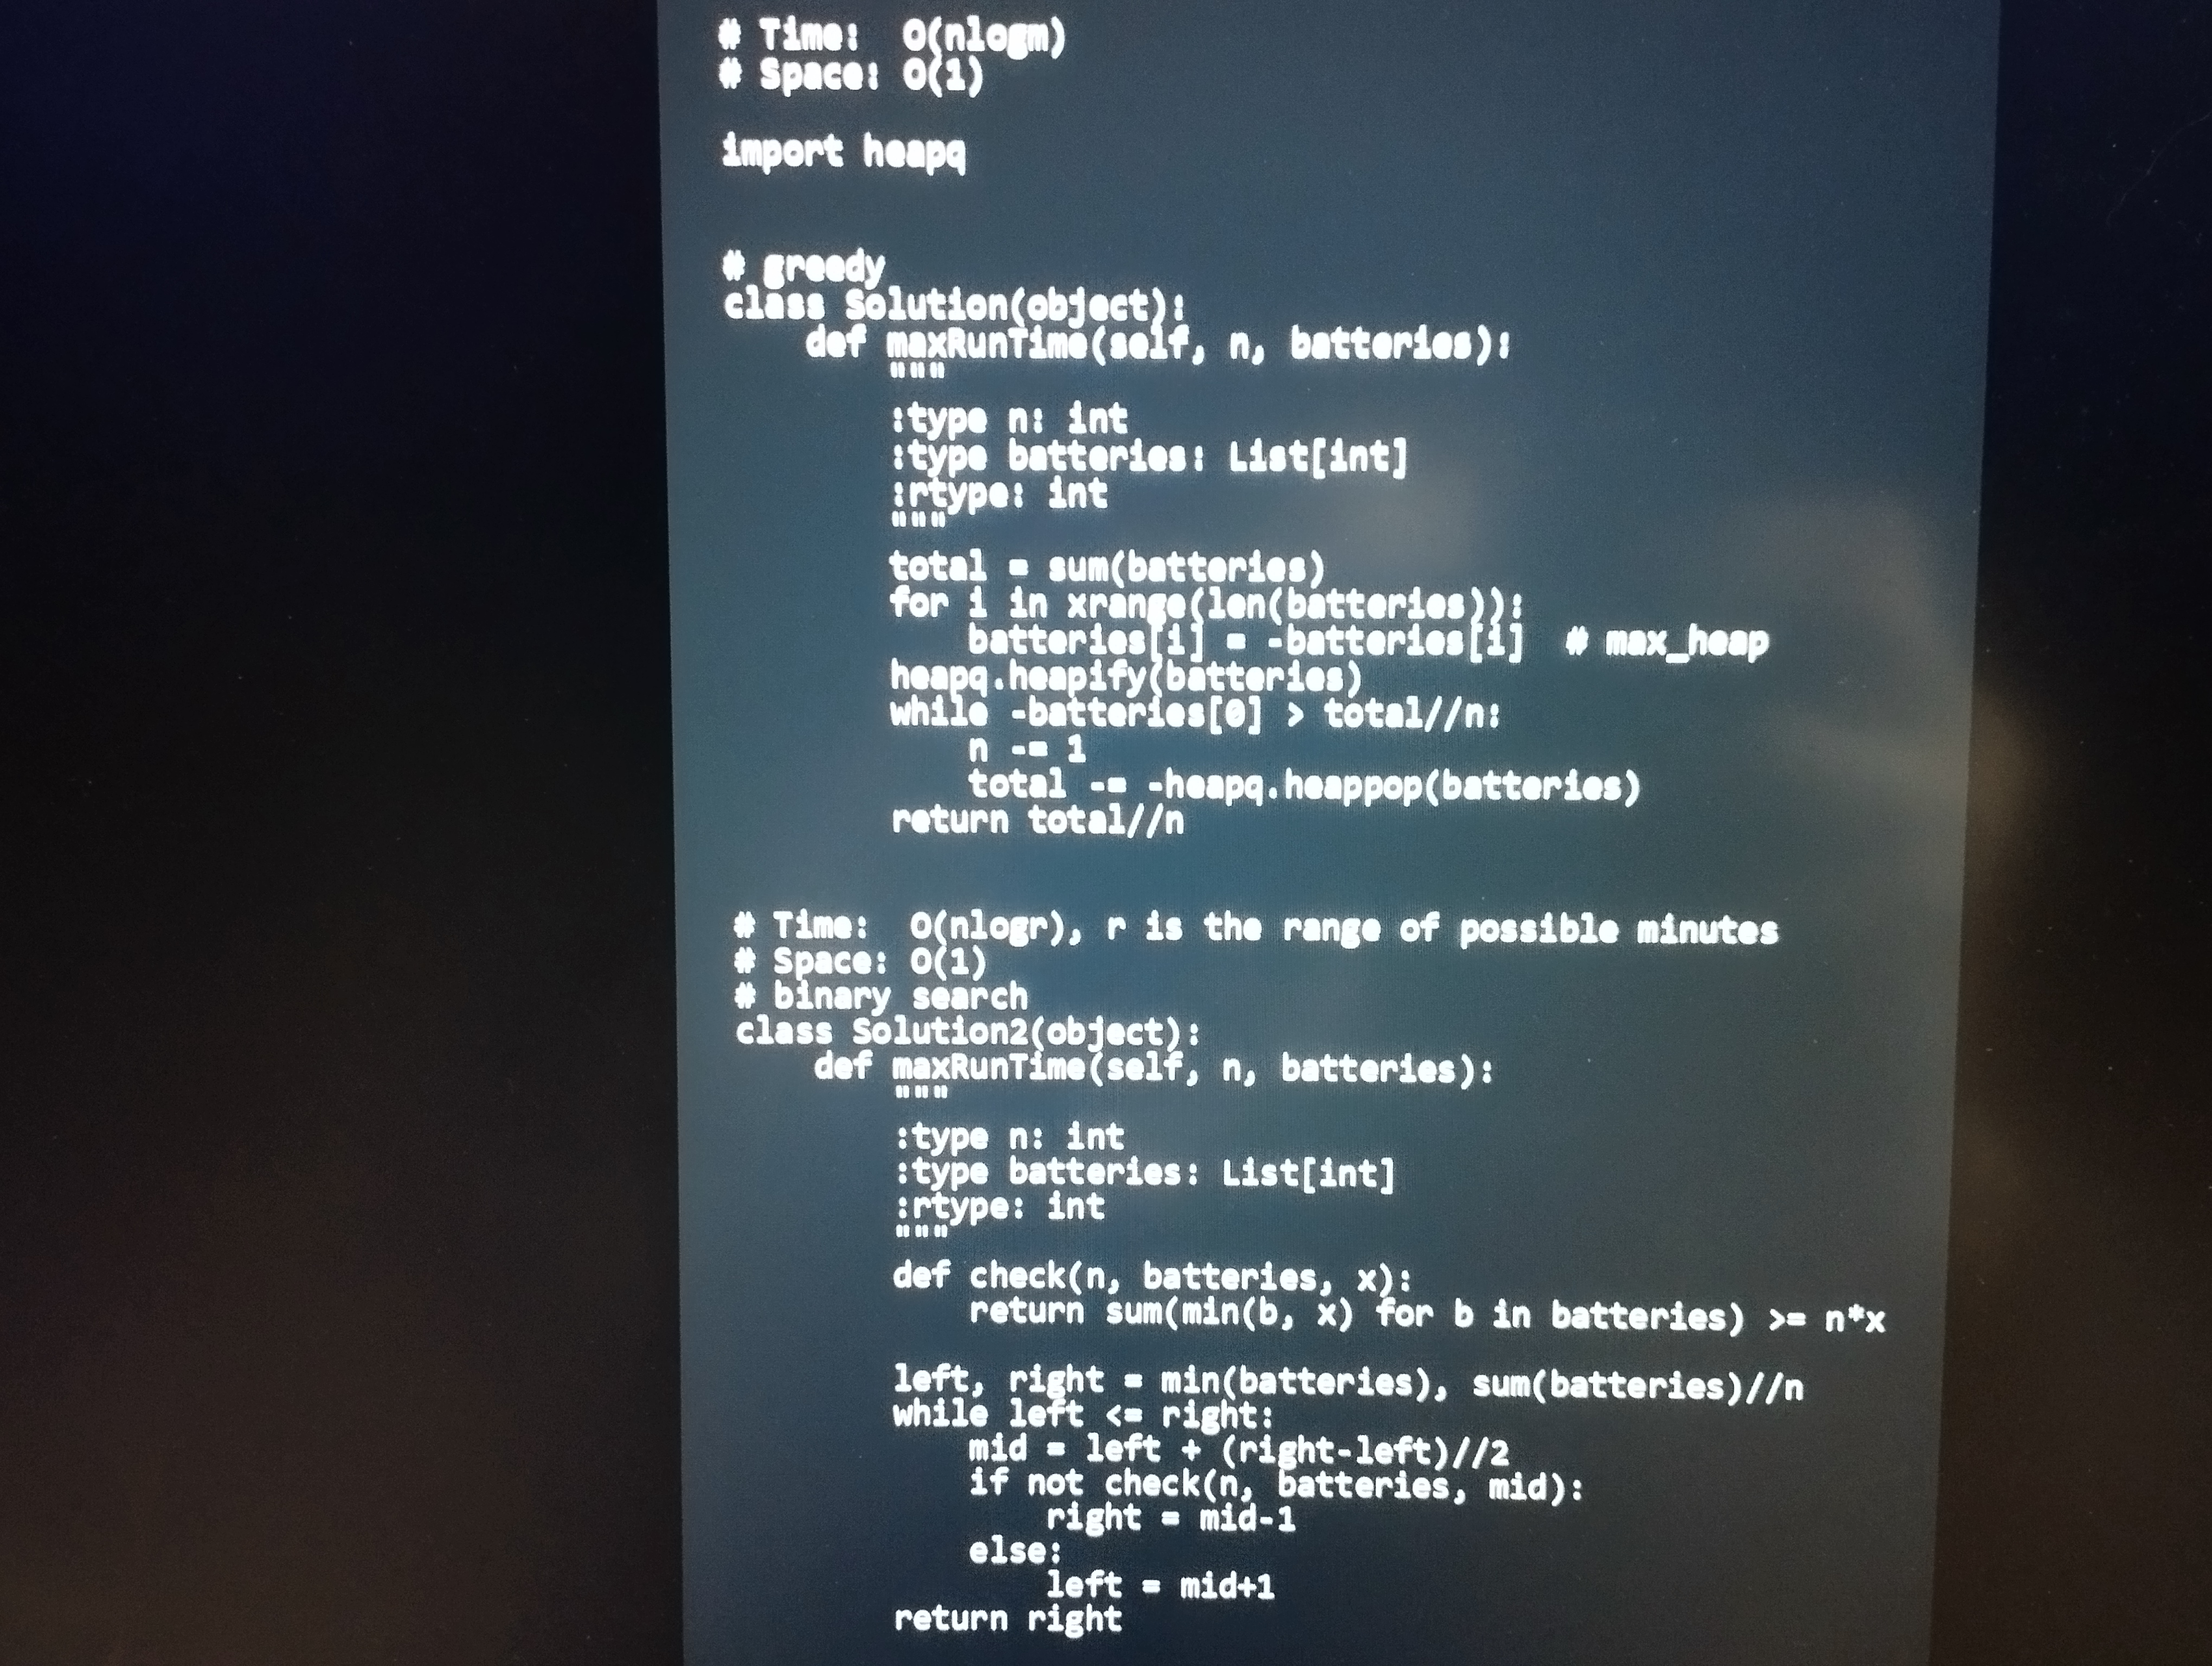
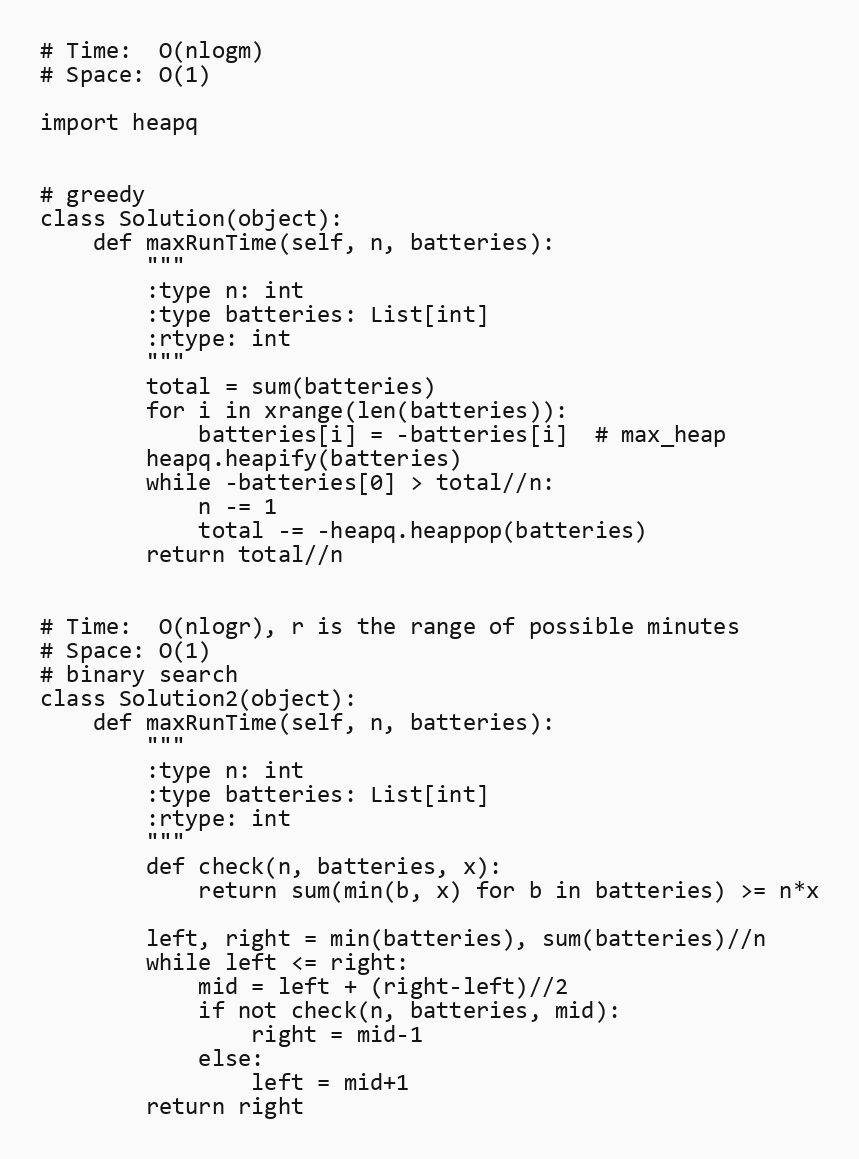
# Time:  O(nlogm)
# Space: O(1)

import heapq

# greedy
class Solution(object):
    def maxRunTime(self, n, batteries):
        """
        :type n: int
        :type batteries: List[int]
        :rtype: int
        """
        total = sum(batteries)
        for i in xrange(len(batteries)):
            batteries[i] = -batteries[i]  # max_heap
        heapq.heapify(batteries)
        while -batteries[0] > total//n:
            n -= 1
            total -= -heapq.heappop(batteries)
        return total//n

# Time:  O(nlogr), r is the range of possible minutes
# Space: O(1)
# binary search
class Solution2(object):
    def maxRunTime(self, n, batteries):
        """
        :type n: int
        :type batteries: List[int]
        :rtype: int
        """
        def check(n, batteries, x):
            return sum(min(b, x) for b in batteries) >= n*x

        left, right = min(batteries), sum(batteries)//n
        while left <= right:
            mid = left + (right-left)//2
            if not check(n, batteries, mid):
                right = mid-1
            else:
                left = mid+1
        return right